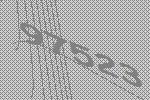
97523